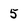
Character: 5